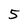
Character: 5